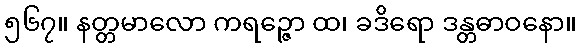
၅၆၇။ နတ္တမာလော ကရဉ္ဇော ထ၊ ခဒိရော ဒန္တဓာဝနော။